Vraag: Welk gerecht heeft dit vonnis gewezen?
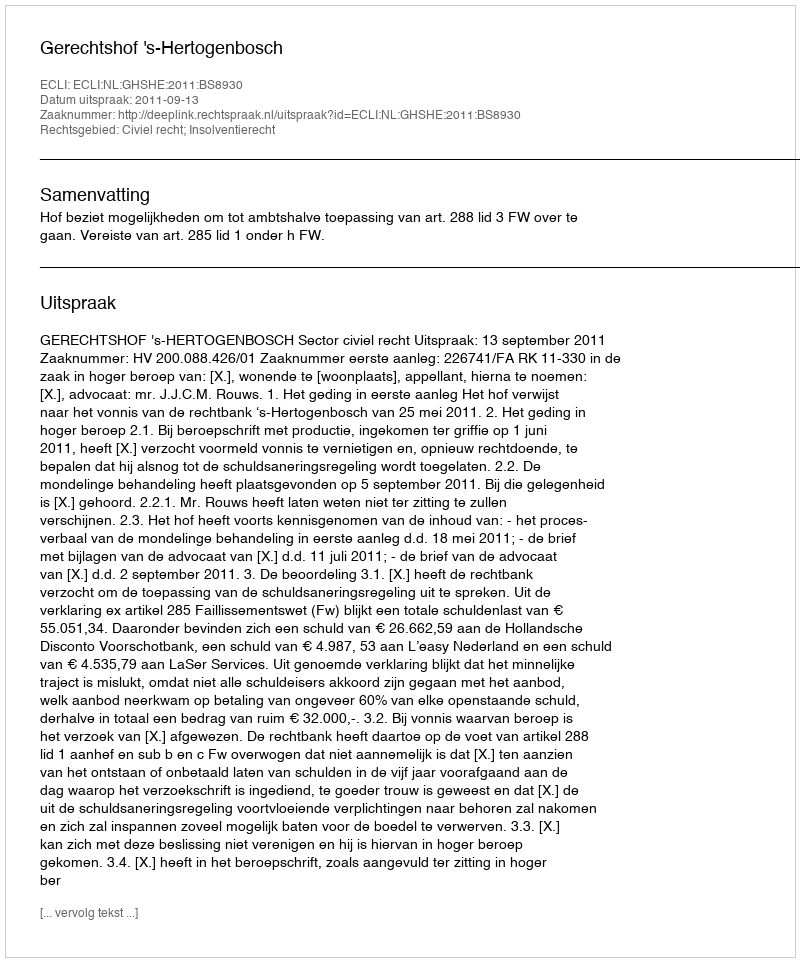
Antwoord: Gerechtshof 's-Hertogenbosch